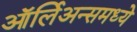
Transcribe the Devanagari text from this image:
ऑर्लिअन्समध्ये